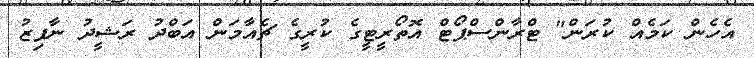
އެހެން ކަމެއް ކުރަން" ޓްރާންސްޕޯޓް އޮތޯރީޓީގެ ކުރީގެ ޗެއާމަން އަބްދު ރަޝީދު ނާފިޒު